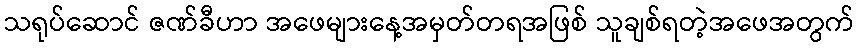
သရုပ်ဆောင် ဇဏ်ခီဟာ အဖေများနေ့အမှတ်တရအဖြစ် သူချစ်ရတဲ့အဖေအတွက်